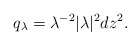
\begin{align*}q_{\lambda} = \lambda^{-2} |\lambda|^2 dz^2.\end{align*}